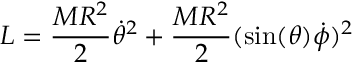
L = { \frac { M R ^ { 2 } } { 2 } } { \dot { \theta } } ^ { 2 } + { \frac { M R ^ { 2 } } { 2 } } ( \sin ( \theta ) { \dot { \phi } } ) ^ { 2 }